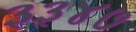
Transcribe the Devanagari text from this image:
३३४७